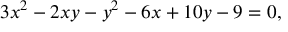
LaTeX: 3 x ^ { 2 } - 2 x y - y ^ { 2 } - 6 x + 1 0 y - 9 = 0 ,